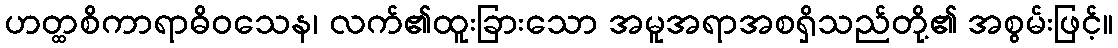
ဟတ္ထစိကာရာဓိဝသေန၊ လက်၏ထူးခြားသော အမူအရာအစရှိသည်တို့၏ အစွမ်းဖြင့်။